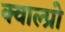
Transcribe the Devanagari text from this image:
क्वाल्प्रो